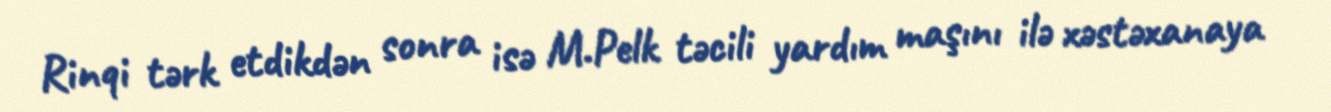
Rinqi tərk etdikdən sonra isə M.Pelk təcili yardım maşını ilə xəstəxanaya